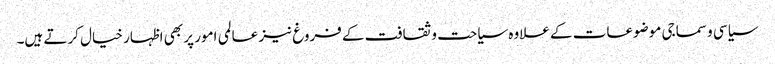
سیاسی و سماجی موضوعات کے علاوہ سیاحت و ثقافت کے فروغ نیز عالمی امور پر بھی اظہار خیال کرتے ہیں۔